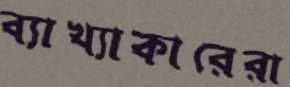
ব্যাখ্যাকারেরা